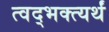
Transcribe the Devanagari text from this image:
त्वद्भक्त्यर्थं